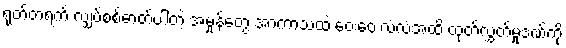
ရုတ်တရက် လျှပ်စစ်ဓာတ်ပါတဲ့ အမှုန်တွေ အာကာသထဲ ဝေးဝေးလံလံအထိ ထုတ်လွှတ်မှုဒဏ်ကို